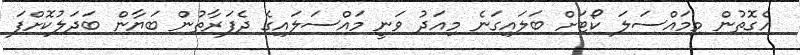
އެގޮތުން މިމައްސަލަ ކޯޓަށް ބަލައިގަނެ މިއަދު ވަނީ މައްސަލައިގެ ދެފަރާތުން ބަޔާން ބަދަލުކޮށްފަ